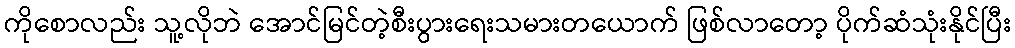
ကိုစောလည်း သူ့လိုဘဲ အောင်မြင်တဲ့စီးပွားရေးသမားတယောက် ဖြစ်လာတော့ ပိုက်ဆံသုံးနိုင်ပြီး